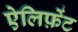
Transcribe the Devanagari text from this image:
ऐलिफ़ेंट